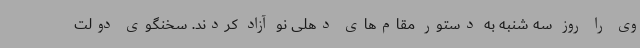
وی را روز سه شنبه به دستور مقام‌های دهلی نو آزاد کردند. سخنگوی دولت